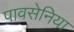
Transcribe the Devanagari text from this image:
पावसेनिया